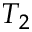
T _ { 2 }